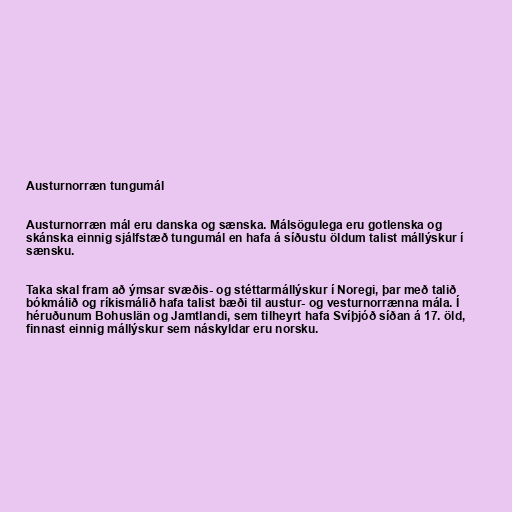
Austurnorræn tungumál

Austurnorræn mál eru danska og sænska. Málsögulega eru gotlenska og
skánska einnig sjálfstæð tungumál en hafa á síðustu öldum talist mállýskur í
sænsku.

Taka skal fram að ýmsar svæðis- og stéttarmállýskur í Noregi, þar með talið
bókmálið og ríkismálið hafa talist bæði til austur- og vesturnorrænna mála. Í
héruðunum Bohuslän og Jamtlandi, sem tilheyrt hafa Svíþjóð síðan á 17. öld,
finnast einnig mállýskur sem náskyldar eru norsku.